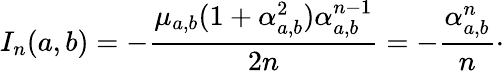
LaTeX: I_{n}(a,b)=-\frac{\mu_{a,b}(1+\alpha_{a,b}^{2})\alpha_{a,b}^{n-1}}{2n}=-\frac{\alpha_{a,b}^{n}}{n}\cdot